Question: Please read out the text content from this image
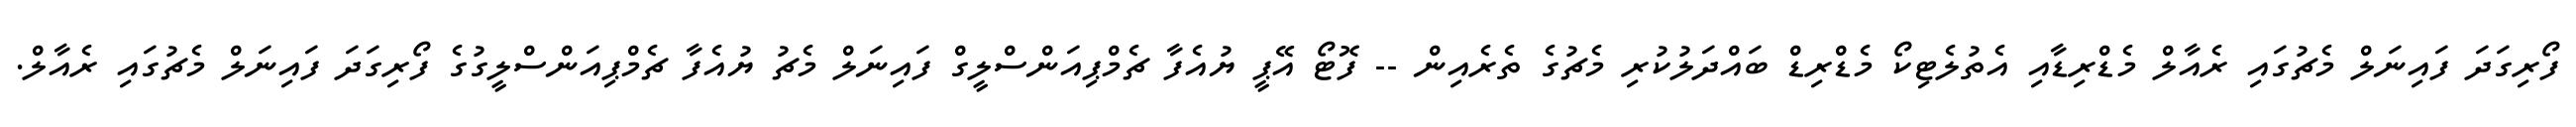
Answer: ފޯރިގަދަ ފައިނަލް މެޗުގައި ރެއާލް މެޑްރިޑާއި އެތުލެޓިކޯ މެޑްރިޑް ބައްދަލުކުރި މެޗުގެ ތެރެއިން -- ފޮޓޯ އޭޕީ ޔުއެފާ ޗެމްޕިއަންސްލީގް ފައިނަލް މެޗު ޔުއެފާ ޗެމްޕިއަންސްލީގުގެ ފޯރިގަދަ ފައިނަލް މެޗުގައި ރެއާލް.